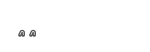
٥٤